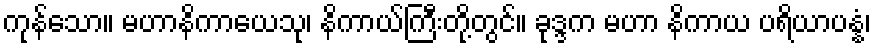
ကုန်သော။ မဟာနိကာယေသု၊ နိကာယ်ကြီးတို့တွင်။ ခုဒ္ဒက မဟာ နိကာယ ပရိယာပန္နံ၊